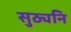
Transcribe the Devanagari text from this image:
सुठ्यनि